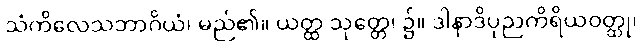
သံကိလေသဘာဂိယံ၊ မည်၏။ ယတ္ထ သုတ္တေ၊ ၌။ ဒါနာဒိပုညကိရိယဝတ္ထု၊